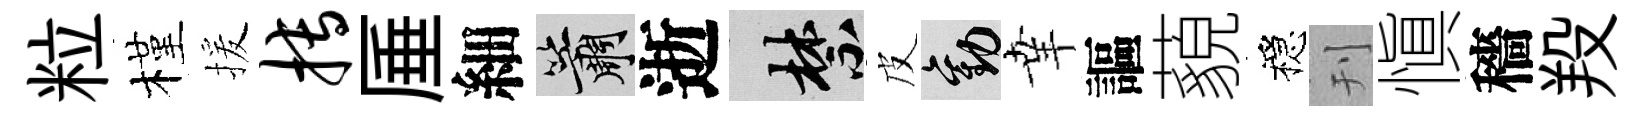
粒槿援搏厜細簫逝禁皮勸𦍒謳藐穩刊愼穡羖